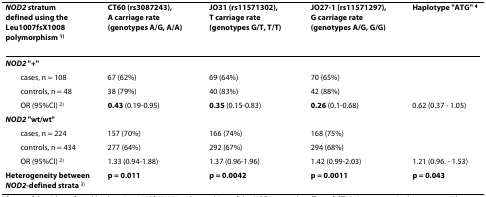
<table><thead><tr><td><b><i>NOD2 </i>stratumdefined using the Leu1007fsX1008 polymorphism <sup>1)</sup></b></td><td><b>CT60 (rs3087243),A carriage rate(genotypes A/G, A/A)</b></td><td><b>JO31 (rs11571302),T carriage rate(genotypes G/T, T/T)</b></td><td><b>JO27-1 (rs11571297),G carriage rate(genotypes A/G, G/G)</b></td><td><b>Haplotype &quot;ATG&quot; <sup>4</sup></b></td></tr></thead><tbody><tr><td><b><i>NOD2 </i>&quot;+&quot;</b></td><td></td><td></td><td></td><td></td></tr><tr><td> cases, n = 108</td><td>67 (62%)</td><td>69 (64%)</td><td>70 (65%)</td><td></td></tr><tr><td> controls, n = 48</td><td>38 (79%)</td><td>40 (83%)</td><td>42 (88%)</td><td></td></tr><tr><td> OR (95%CI) <sup>2)</sup></td><td><b>0.43 </b>(0.19-0.95)</td><td><b>0.35 </b>(0.15-0.83)</td><td><b>0.26 </b>(0.1-0.68)</td><td>0.62 (0.37 - 1.05)</td></tr><tr><td><b><i>NOD2 </i>&quot;wt/wt&quot;</b></td><td></td><td></td><td></td><td></td></tr><tr><td> cases, n = 224</td><td>157 (70%)</td><td>166 (74%)</td><td>168 (75%)</td><td></td></tr><tr><td> controls, n = 434</td><td>277 (64%)</td><td>292 (67%)</td><td>294 (68%)</td><td></td></tr><tr><td> OR (95%CI) <sup>2)</sup></td><td>1.33 (0.94-1.88)</td><td>1.37 (0.96-1.96)</td><td>1.42 (0.99-2.03)</td><td>1.21 (0.96. - 1.53)</td></tr><tr><td><b>Heterogeneity between</b><b><i>NOD2</i>-defined strata </b><sup>3)</sup></td><td><b>p = 0.011</b></td><td><b>p = 0.0042</b></td><td><b>p = 0.0011</b></td><td><b>p = 0.043</b></td></tr></tbody></table>